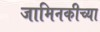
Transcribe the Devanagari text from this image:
जामिनकीच्या